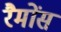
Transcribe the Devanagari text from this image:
रैमोंस